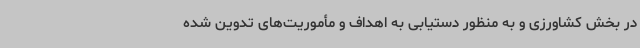
در بخش کشاورزی و به منظور دستیابی به اهداف و مأموریت‌های تدوین شده